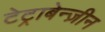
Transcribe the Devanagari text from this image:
टेट्राबेन्ज़ीन